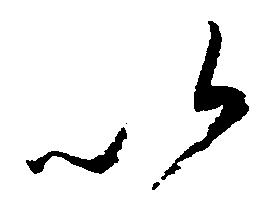
以